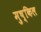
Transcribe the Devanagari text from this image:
मुष्किल